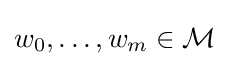
w_{0},\ldots ,w_{m}\in {\mathcal {M}}